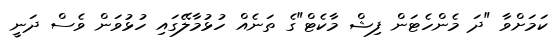
ކަމަށްވާ "ދަ މެންހެޓަން ފިޝް މާކެޓް"ގެ ތަނެއް ހުޅުމާލޭގައި ހުޅުވަން ވެސް ދަނީ